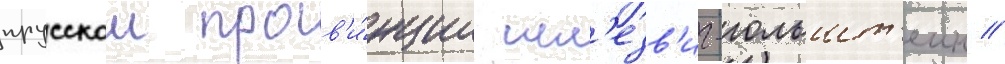
прусскои пров'и́нции шл'езв'иг-гольшт'еин /